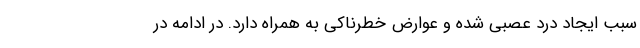
سبب ایجاد درد عصبی شده و عوارض خطرناکی به همراه دارد. در ادامه در